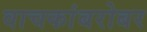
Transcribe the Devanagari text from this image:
वाचकांबरोबर